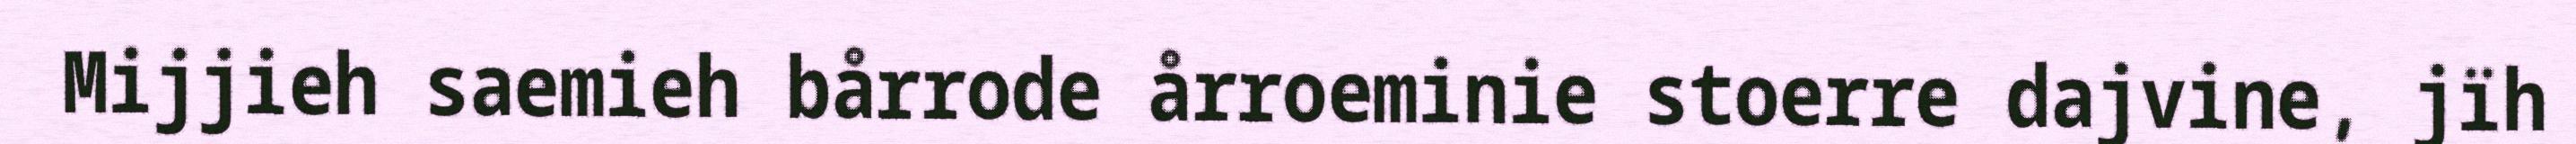
Mijjieh saemieh bårrode årroeminie stoerre dajvine, jïh